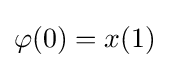
\varphi (0)=x(1)